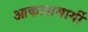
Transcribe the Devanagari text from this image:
आकाशमार्गी